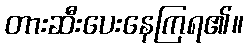
တားဆီးပေးနေကြရ၏။